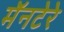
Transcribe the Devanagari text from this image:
मॅनटेरे